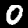
Digit: 0